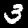
Digit: 3